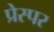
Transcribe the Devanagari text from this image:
प्रेस्पर